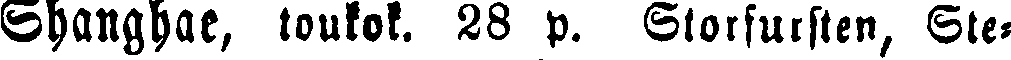
Shanghae, toukok. 28 p. Storfursten, Ste-